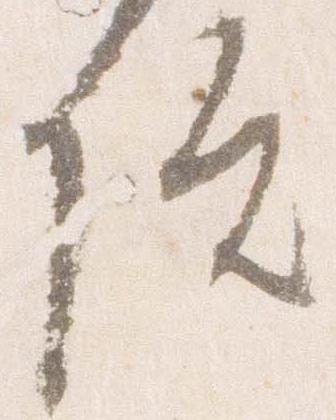
院